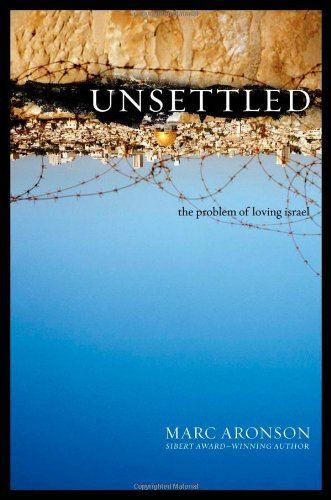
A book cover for Unsettled: The Problem of Loving Israel; Marc Aronson; Teen & Young Adult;